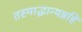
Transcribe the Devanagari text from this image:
तस्माद्धान्यन्नहि